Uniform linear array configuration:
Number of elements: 64
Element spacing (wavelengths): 0.25
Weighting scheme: binomial
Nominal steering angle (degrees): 30
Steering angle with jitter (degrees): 30.982
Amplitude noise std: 0.05
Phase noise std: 0.05

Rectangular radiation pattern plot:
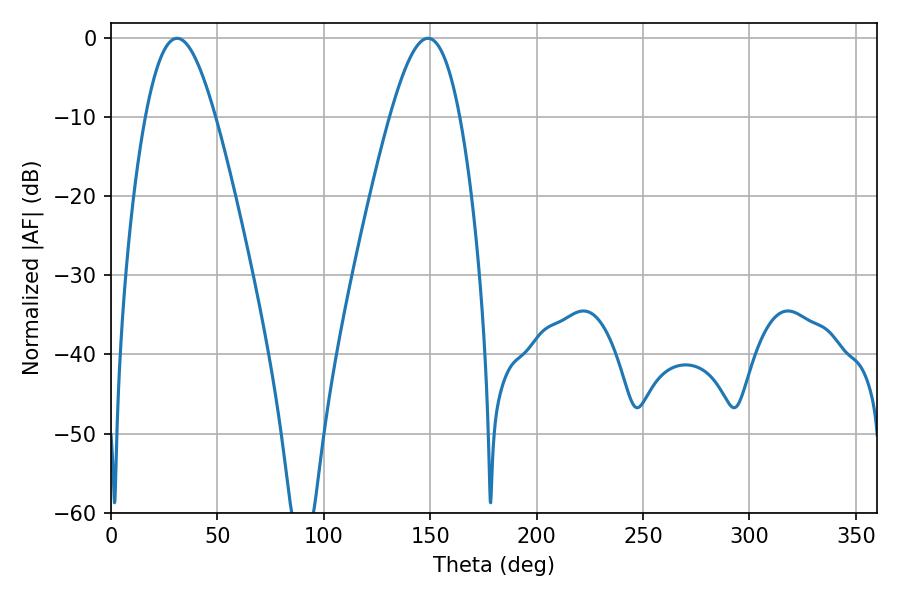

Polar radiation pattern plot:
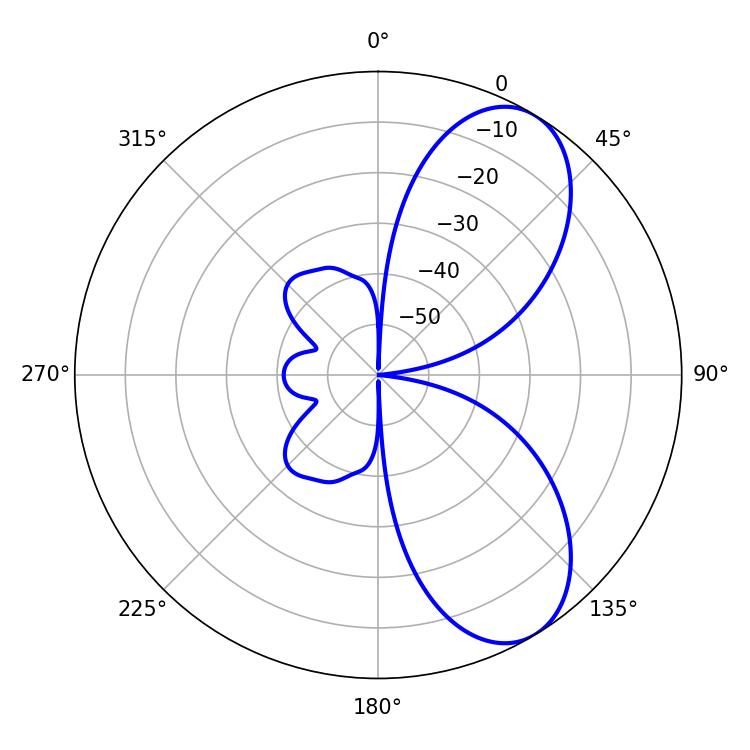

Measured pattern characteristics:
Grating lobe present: FALSE
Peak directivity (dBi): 7.536
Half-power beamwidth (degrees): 17.64
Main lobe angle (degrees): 30.96